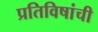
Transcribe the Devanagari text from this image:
प्रतिविषांची